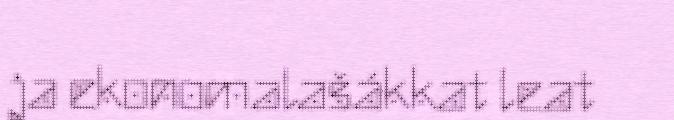
ja ekonomalašákkat leat